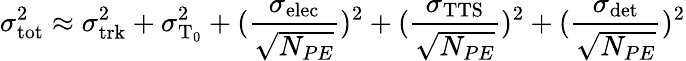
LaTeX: \sigma_{\mathrm{tot}}^{2}\approx\sigma_{\mathrm{trk}}^{2}+\sigma_{\mathrm{T_{0}}}^{2}+(\frac{\sigma_{\mathrm{elec}}}{\sqrt{N_{PE}}})^{2}+(\frac{\sigma_{\mathrm{TTS}}}{\sqrt{N_{PE}}})^{2}+(\frac{\sigma_{\mathrm{det}}}{\sqrt{N_{PE}}})^{2}